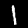
Label: 1